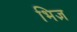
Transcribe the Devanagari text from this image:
भिज्ञ